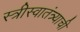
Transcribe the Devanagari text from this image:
स्त्रीस्वातंत्र्याची